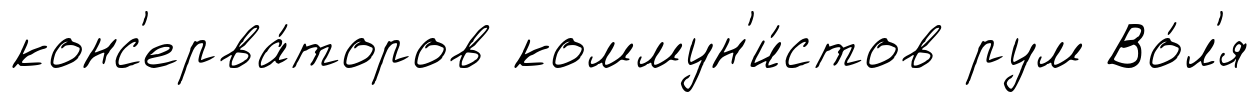
конс'ерва́торов коммун'и́стов рум Во́л'я